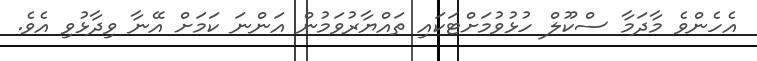
އެހެންވެ މާދަމާ ސްކޫލް ހުޅުވުމަށްޓަކައި ތައްޔާރުވަމުން އަންނަ ކަމަށް އޭނާ ވިދާޅުވި އެވެ.